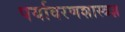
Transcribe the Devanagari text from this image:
पर्यावरणशास्त्रज्ञ